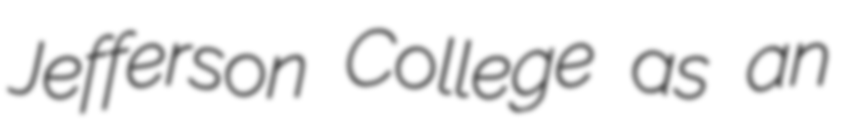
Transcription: Jefferson College as an